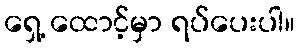
ရှေ့ ထောင့်မှာ ရပ်ပေးပါ။